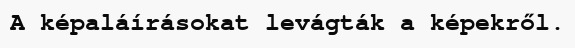
A képaláírásokat levágták a képekről.